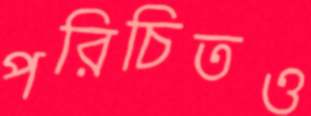
পরিচিতও